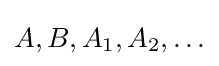
A,B,A_{1},A_{2},\ldots